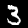
Digit: 3